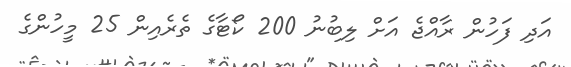
އަދި ފަހުން ރާއްޖެ އަށް ލިބުނު 200 ކޯޓާގެ ތެރެއިން 25 މީހުންގެ